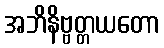
အဘိနိဗ္ဗတ္တယတော